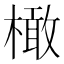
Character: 橄